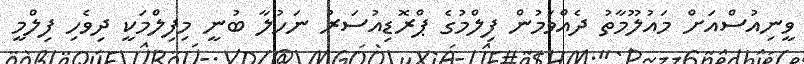
ވީނިއުސްއަށް މައުލޫމާތު ދެއްވަމުން ފިލްމުގެ ޕްރޮޑިއުސަރު ނަހުލާ ބުނީ މިފިލްމަކީ ދިވެހި ފިލްމީ